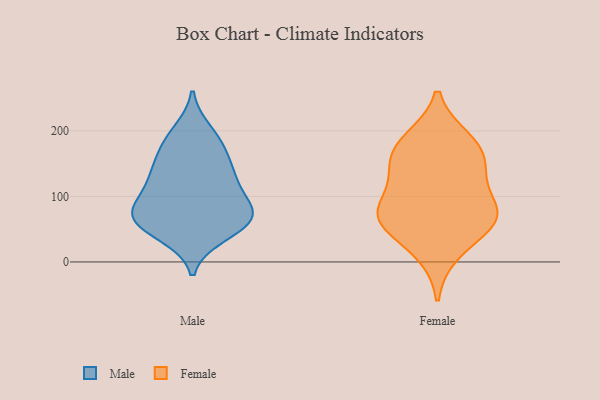
{"axis": {"x": "Market Share (%)", "y": "Value"}, "legend": ["Female", "Male"], "data": [{"x": "", "y": 42, "type": "Male"}, {"x": "", "y": 68, "type": "Male"}, {"x": "", "y": 82, "type": "Male"}, {"x": "", "y": 68, "type": "Male"}, {"x": "", "y": 49, "type": "Male"}, {"x": "", "y": 146, "type": "Male"}, {"x": "", "y": 172, "type": "Male"}, {"x": "", "y": 71, "type": "Male"}, {"x": "", "y": 68, "type": "Male"}, {"x": "", "y": 124, "type": "Male"}, {"x": "", "y": 128, "type": "Male"}, {"x": "", "y": 124, "type": "Male"}, {"x": "", "y": 83, "type": "Male"}, {"x": "", "y": 182, "type": "Male"}, {"x": "", "y": 198, "type": "Male"}, {"x": "", "y": 164, "type": "Female"}, {"x": "", "y": 186, "type": "Female"}, {"x": "", "y": 76, "type": "Female"}, {"x": "", "y": 77, "type": "Female"}, {"x": "", "y": 135, "type": "Female"}, {"x": "", "y": 64, "type": "Female"}, {"x": "", "y": 67, "type": "Female"}, {"x": "", "y": 65, "type": "Female"}, {"x": "", "y": 134, "type": "Female"}, {"x": "", "y": 15, "type": "Female"}, {"x": "", "y": 178, "type": "Female"}]}